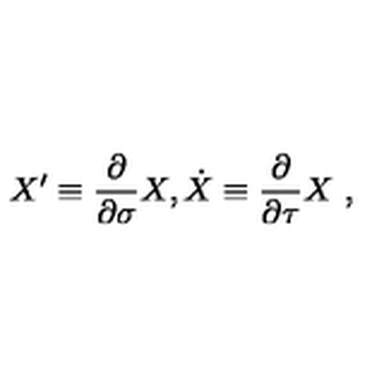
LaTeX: X ^ { \prime } \equiv \frac { \partial } { \partial \sigma } X , \dot { X } \equiv \frac { \partial } { \partial \tau } X \ ,